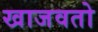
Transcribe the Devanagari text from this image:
खाजवतो